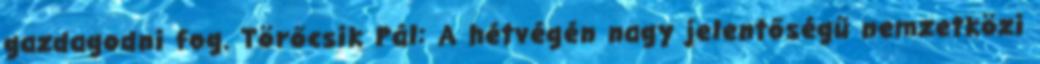
gazdagodni fog. Törőcsik Pál: A hétvégén nagy jelentőségű nemzetközi